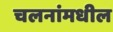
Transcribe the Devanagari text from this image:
चलनांमधील